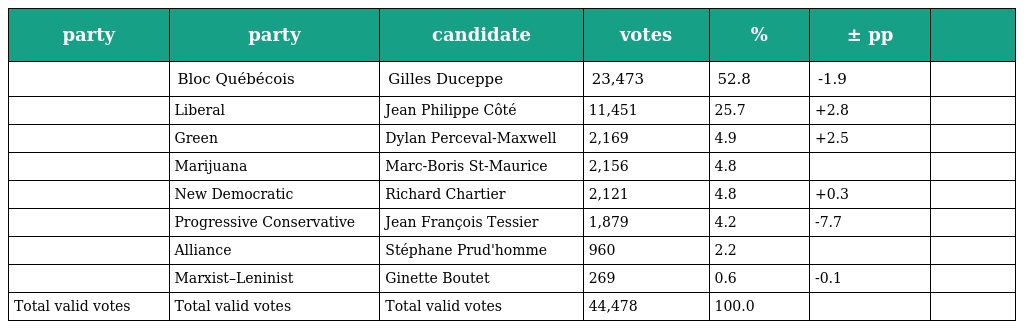
| party | party | candidate | votes | % | ± pp |  |
 | --- | --- | --- | --- | --- | --- | --- |
 |  | Bloc Québécois | Gilles Duceppe | 23,473 | 52.8 | -1.9 |  |
 |  | Liberal | Jean Philippe Côté | 11,451 | 25.7 | +2.8 |  |
 |  | Green | Dylan Perceval-Maxwell | 2,169 | 4.9 | +2.5 |  |
 |  | Marijuana | Marc-Boris St-Maurice | 2,156 | 4.8 |  |  |
 |  | New Democratic | Richard Chartier | 2,121 | 4.8 | +0.3 |  |
 |  | Progressive Conservative | Jean François Tessier | 1,879 | 4.2 | -7.7 |  |
 |  | Alliance | Stéphane Prud'homme | 960 | 2.2 |  |  |
 |  | Marxist–Leninist | Ginette Boutet | 269 | 0.6 | -0.1 |  |
 | Total valid votes | Total valid votes | Total valid votes | 44,478 | 100.0 |  |  |